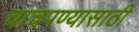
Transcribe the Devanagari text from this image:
चाचपण्यासाठी